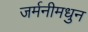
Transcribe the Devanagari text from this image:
जर्मनीमधुन